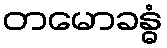
တမောခန္ဓံ